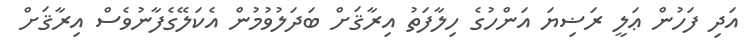
އަދި ފަހުން ޢަލީ ރަޟިޔަ އަންހުގެ ހިލާފަތު އިރާޤަށް ބަދަލުވުމުން އެކަލޭގެފާނުވެސް އިރާޤަށް